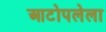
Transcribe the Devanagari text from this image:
आटोपलेला